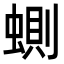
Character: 𧍡